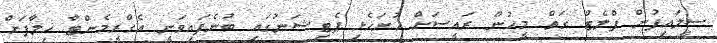
ސީލައިފުން ފްލެޓް ގަތް މީހުން ރައީސަށް ހުށަހެޅި ޕެޓިޝަނުގައި ބުނެފައިވަނީ އެގްރީމެންޓާ ޚިލާފަށް